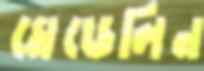
মেডেলিন